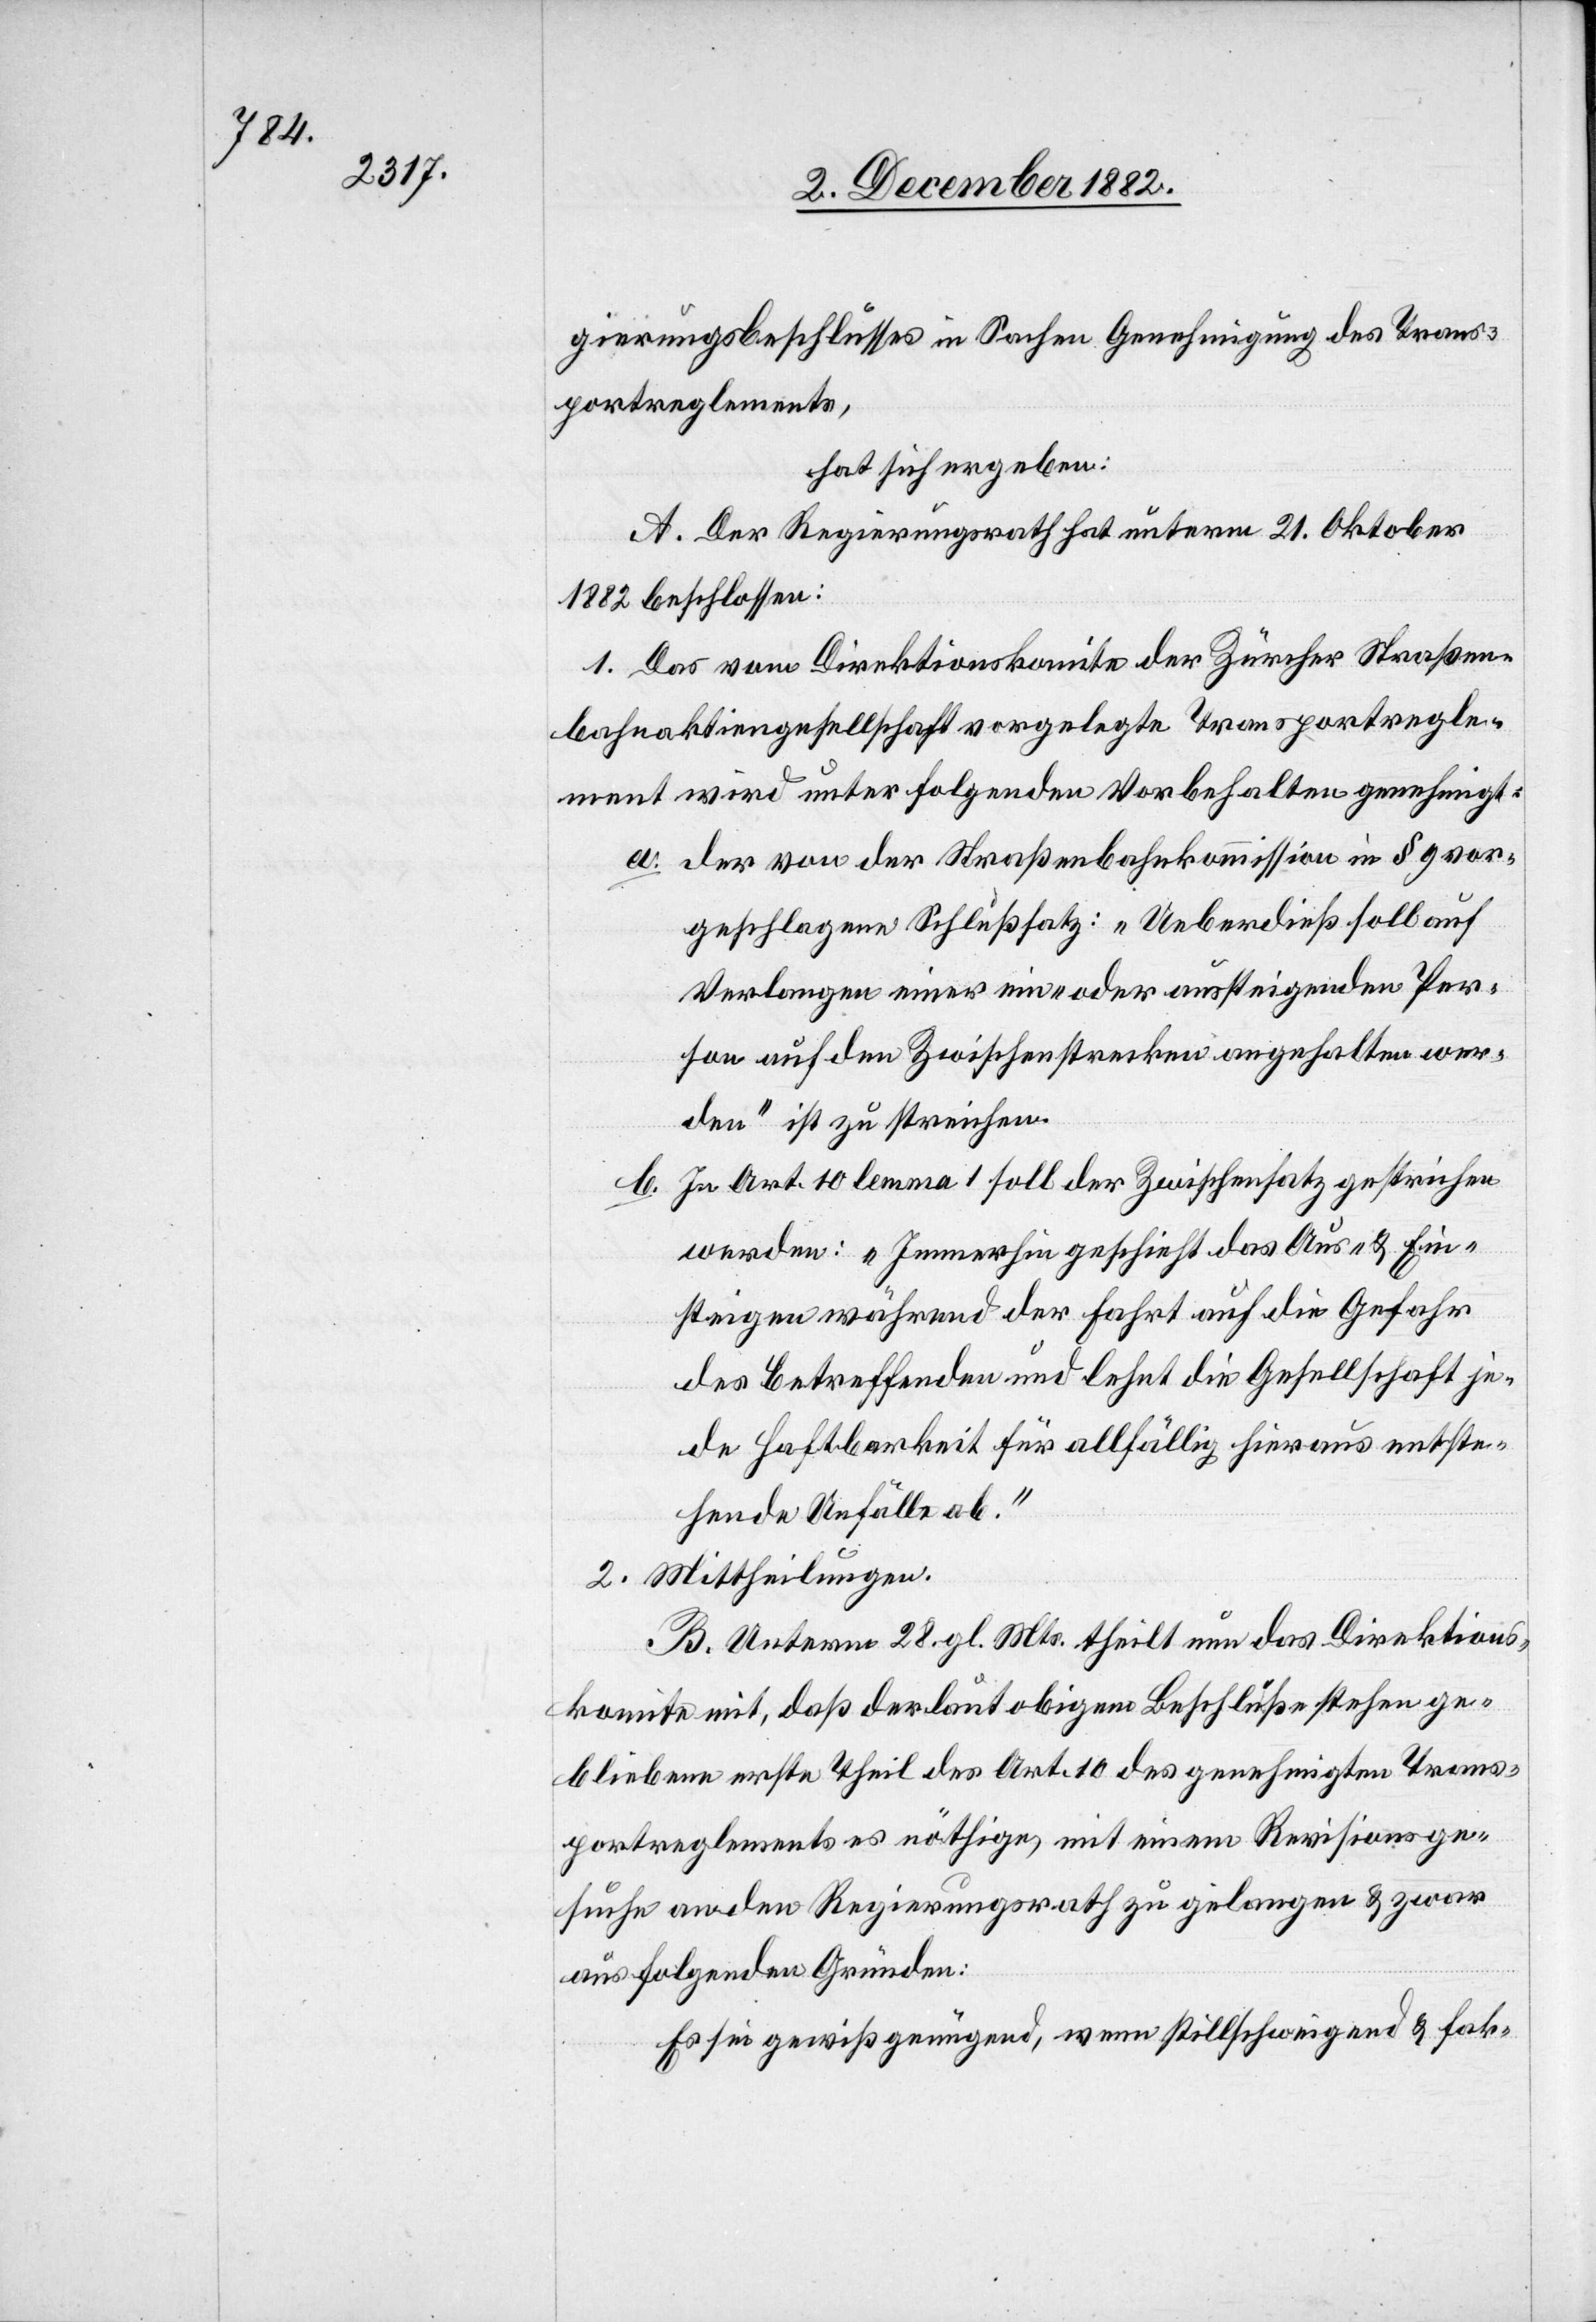
gierungsbeschlusses in Sachen Genehmigung des Trans¬
portreglements,
hat sich ergeben:
A. Der Regierungsrath hat unterm 21. Oktober
1882 beschlossen:
1. Das vom Direktionskomite der Zürcher Straßen¬
bahnaktiengesellschaft vorgelegte Transportregle¬
ment wird unter folgenden Vorbehalten genehmigt:
a. der von der Straßenbahnkommission in § 9 vor¬
geschlagene Schlußsatz: „Ueberdieß soll auf
Verlangen einer ein- oder aussteigenden Per¬
son auf den Zwischenstrecken angehalten wer¬
den“ ist zu streichen.
b. In Art 10 lemma 1 soll der Zwischensatz gestrichen
werden: „Immerhin geschieht das Aus- & Ein¬
steigen während der Fahrt auf die Gefahr
des Betreffenden und lehnt die Gesellschaft je¬
de Haftbarkeit für allfällig hieraus entste¬
hende Unfälle ab.“
2. Mittheilungen.
B. Unterm 28. gl. Mts. theilt nun das Direktions¬
komite mit, daß der laut obigem Beschluße stehen ge¬
bliebene erste Theil des Art. 10 des genehmigten Trans¬
portreglementes nöthige, mit einem Revisionsge¬
suche an den Regierungsrath zu gelangen & zwar
aus folgenden Gründen:
Es sei gewiss genügend, wenn stillschweigend & fak-